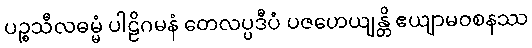
ပဉ္စသီလဓမ္မံ ပါဠိဂမနံ တေလပ္ပဒီပံ ပဇဟေယျန္တိ ဧယျာမဝစနဿ